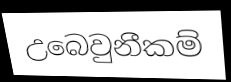
උබෙවුනීකම්